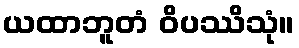
ယထာဘူတံ ဝိပဿိသုံ။